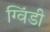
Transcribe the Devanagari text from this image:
ग्विंडी